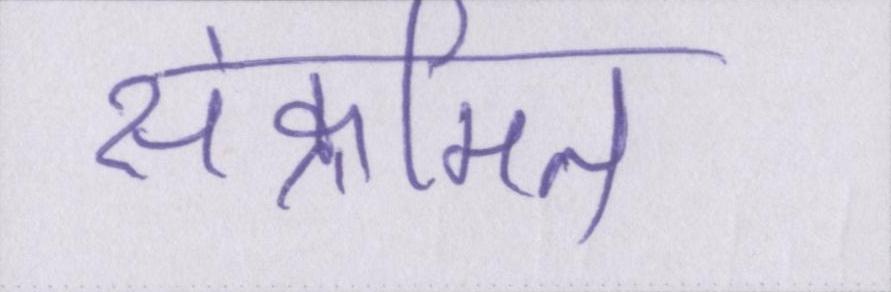
संक्रमित